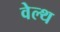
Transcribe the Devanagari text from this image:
वेल्‍थ